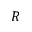
R